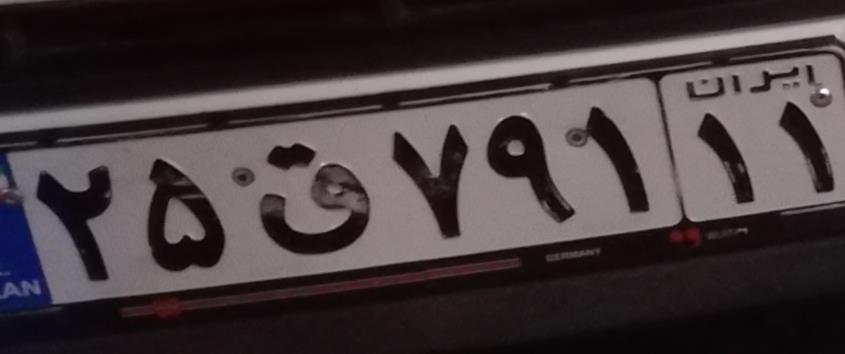
۲۵ق۷۹۱۱۱